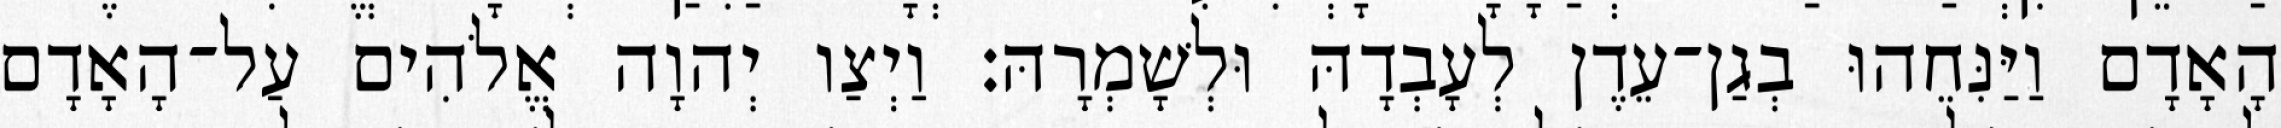
הָאָדָם וַיַּנִּחֵהוּ בְגַן־עֵדֶן לְעָבְדָהּ וּלְשָׁמְרָהּ׃ וַיְצַו יְהוָה אֱלֹהִים עַל־הָאָדָם